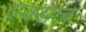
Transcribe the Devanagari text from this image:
एक्स़ल